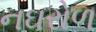
નઘરોળ